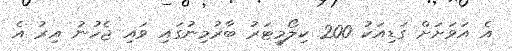
އެ އަވަށަށް ގަޑިއަކު 200 ކިލޯމީޓަރު ބާރުމިނުގައި ވައި ޖެހުނު އިރު އެ